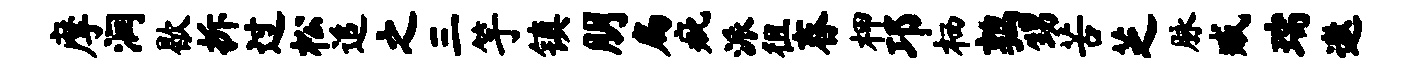
摩润歇拆过松追之三竽镇朋扁疵派徂舂柙邛栖鹑甥苦芝脉臧瑞遨